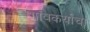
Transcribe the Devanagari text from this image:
गावकर्यांचा